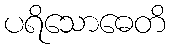
ပရိသောဓေတိ